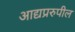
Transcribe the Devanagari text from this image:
आद्यप्ररुपील